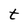
Character: t